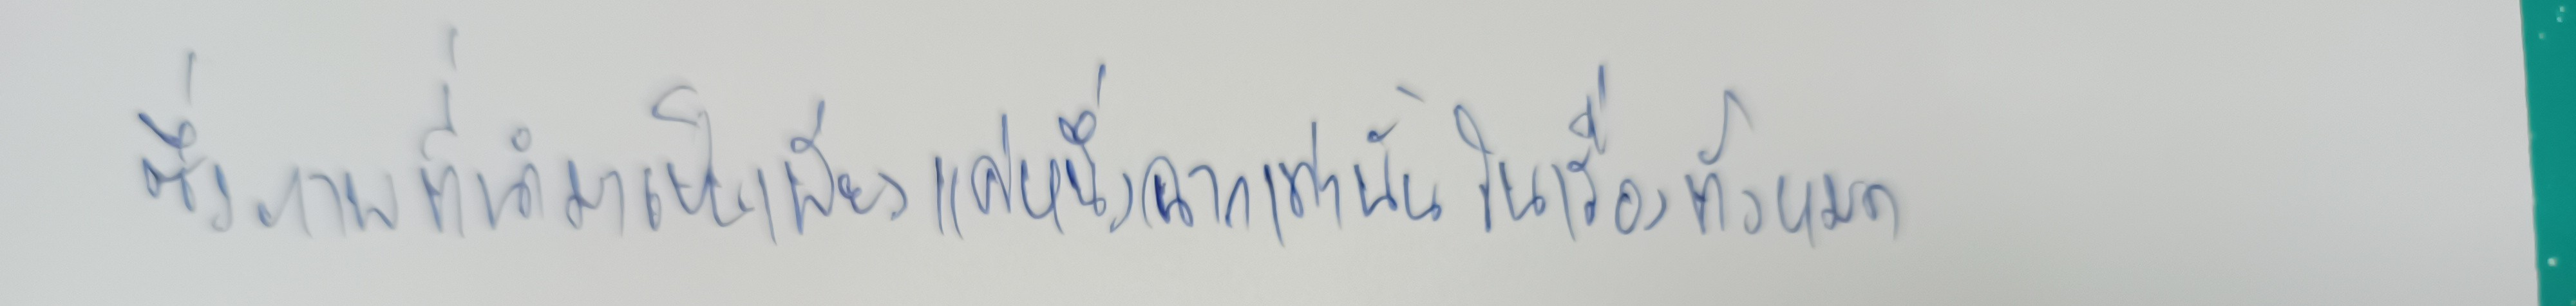
ซึ่งภาพที่นำมาเป็นเพียงแค่หนึ่งฉากเท่านั้นในเรื่องทั้งหมด